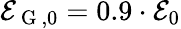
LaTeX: \mathcal{E}_{\mathrm{{~G~}},0}=0.9\cdot\mathcal{E}_{0}